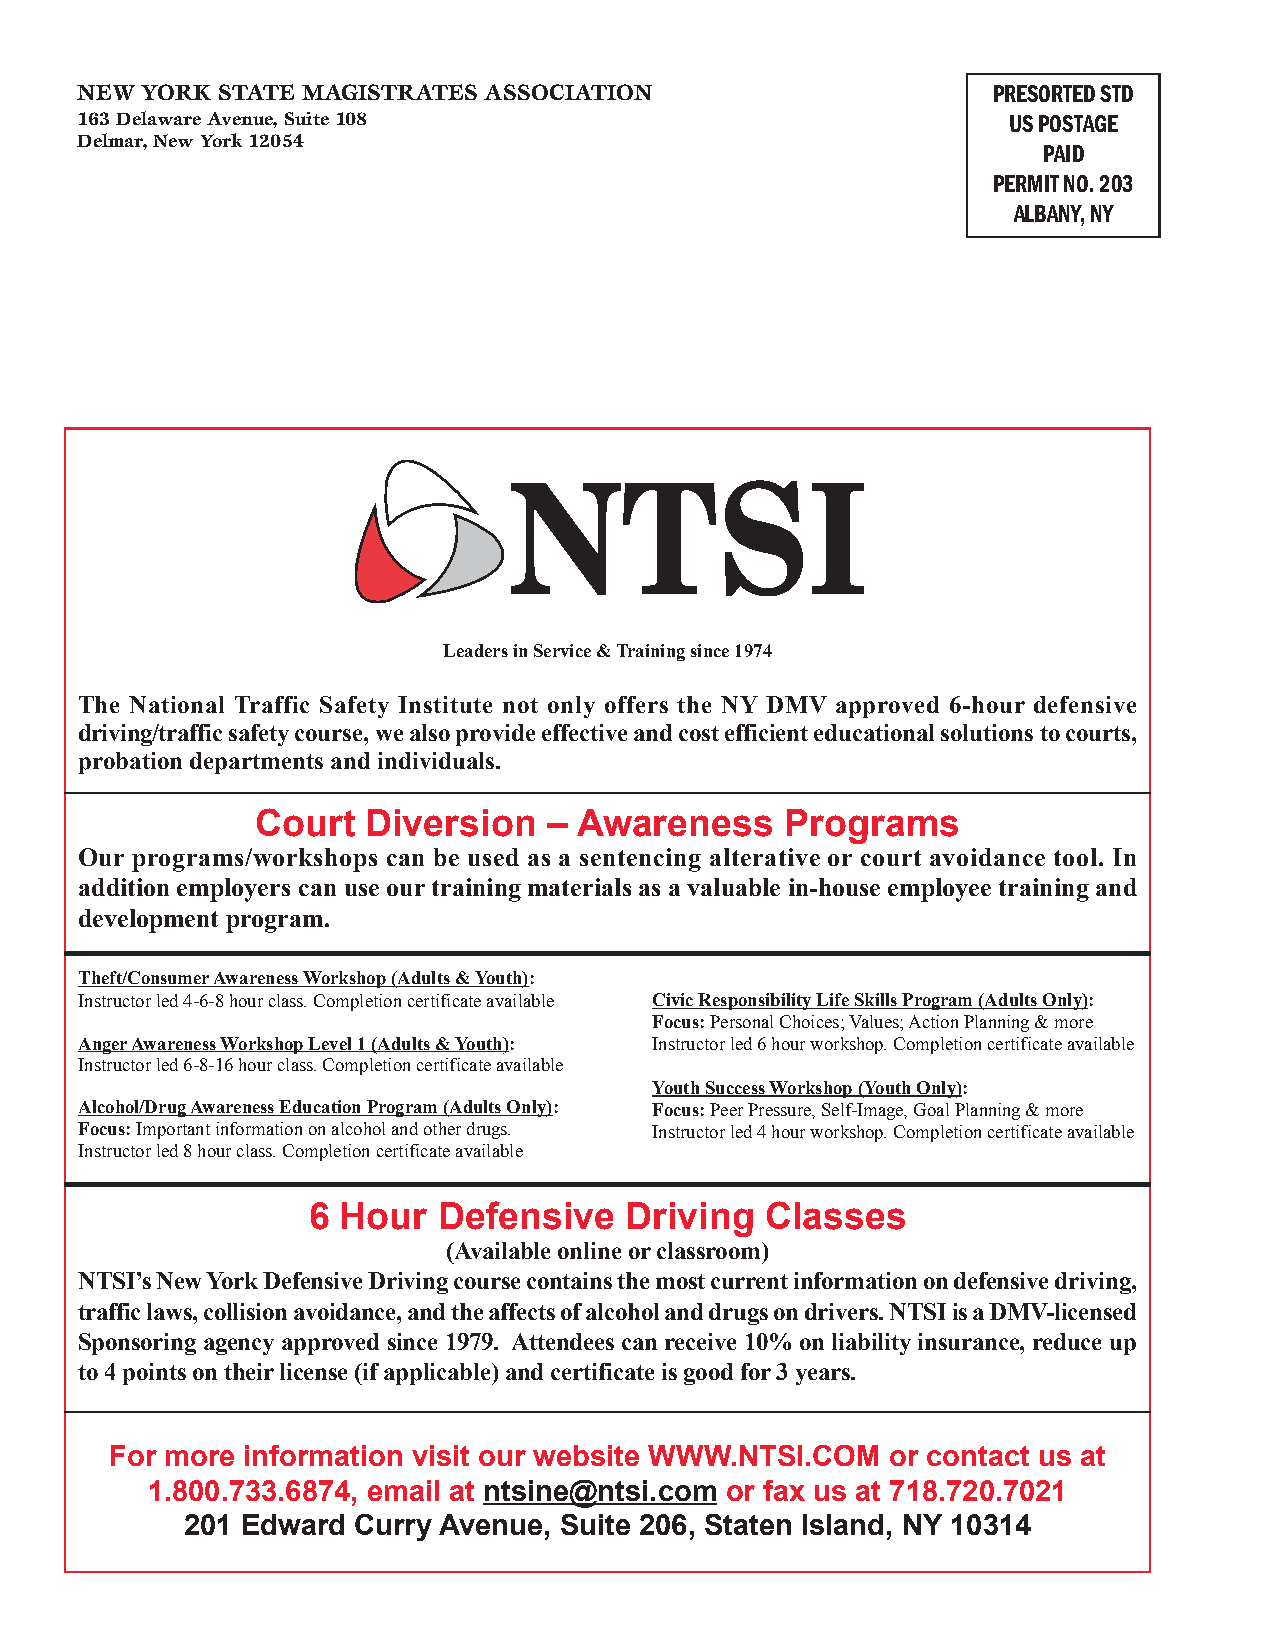
NEW YORK STATE MAGISTRATES ASSOCIATION                       PRESORTED STD
 163 Delaware Avenue, Suite 108                                US POSTAGE
 Delmar, New York 12054
 PAID
 PERMIT NO. 203
 ALBANY, NY
 Leaders in Service & Training since 1974
 The National Traffic Safety Institute not only offers the NY DMV approved 6-hour defensive
 driving/traffic safety course, we also provide effective and cost efficient educational solutions to courts,
 probation departments and individuals.
 Court  Diversion   – Awareness     Programs
 Our programs/workshops can be used as a sentencing alterative or court avoidance tool. In
 addition employers can use our training materials as a valuable in-house employee training and
 development program.
 Theft/Consumer Awareness Workshop (Adults & Youth):
 Instructor led 4-6-8 hour class. Completion certificate available Civic Responsibility Life Skills Program (Adults Only):
 Focus: Personal Choices; Values; Action Planning & more
 Anger Awareness Workshop Level 1 (Adults & Youth): Instructor led 6 hour workshop. Completion certificate available
 Instructor led 6-8-16 hour class. Completion certificate available
 Youth Success Workshop (Youth Only):
 Alcohol/Drug Awareness Education Program (Adults Only): Focus: Peer Pressure, Self-Image, Goal Planning & more
 Focus: Important information on alcohol and other drugs. Instructor led 4 hour workshop. Completion certificate available
 Instructor led 8 hour class. Completion certificate available
 6  Hour  Defensive   Driving   Classes
 (Available online or classroom)
 NTSI’s New York Defensive Driving course contains the most current information on defensive driving,
 traffic laws, collision avoidance, and the affects of alcohol and drugs on drivers. NTSI is a DMV-licensed
 Sponsoring agency approved since 1979. Attendees can receive 10% on liability insurance, reduce up
 to 4 points on their license (if applicable) and certificate is good for 3 years.
 For more information visit our website WWW.NTSI.COM or contact us at
 1.800.733.6874, email at ntsine@ntsi.com or fax us at 718.720.7021
 201 Edward Curry Avenue, Suite 206, Staten Island, NY 10314